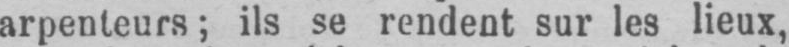
arpenteurs; ils se rendent sur les lieux,